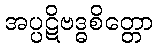
အပ္ပဋိဗဒ္ဓစိတ္တော